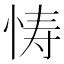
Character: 㤽